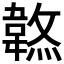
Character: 𩎷